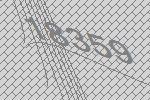
18359